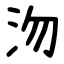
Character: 沕